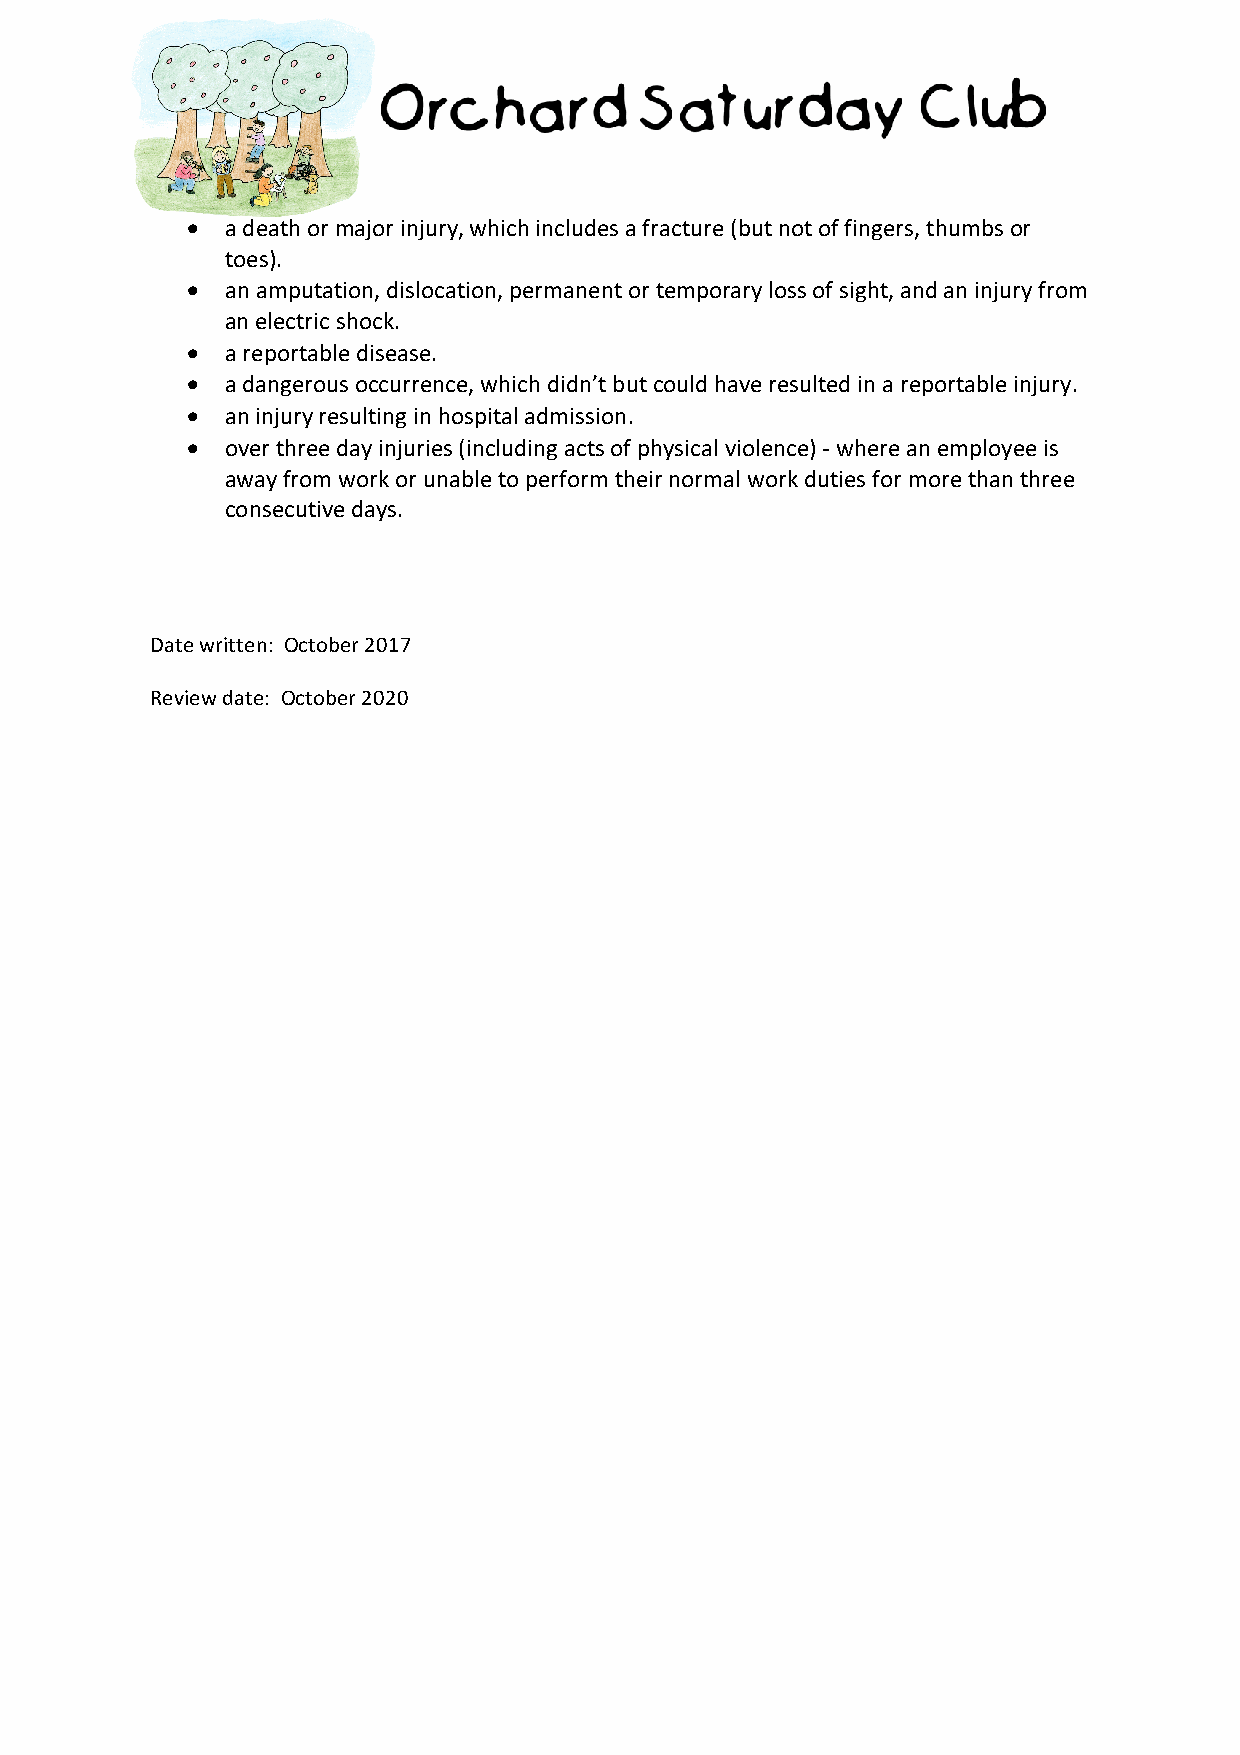
•  a death or major injury, which includes a fracture (but not of fingers, thumbs or
 toes).
 •  an amputation, dislocation, permanent or temporary loss of sight, and an injury from
 an electric shock.
 •  a reportable disease.
 •  a dangerous occurrence, which didn’t but could have resulted in a reportable injury.
 •  an injury resulting in hospital admission.
 •  over three day injuries (including acts of physical violence) - where an employee is
 away from work or unable to perform their normal work duties for more than three
 consecutive days.
 Date written: October 2017
 Review date: October 2020